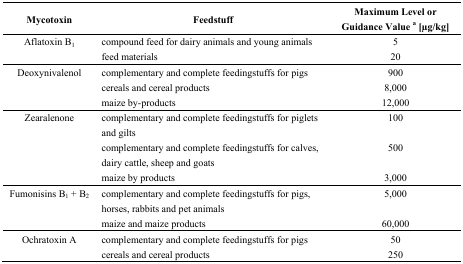
<table><thead><tr><td><b>Mycotoxin</b></td><td><b>Feedstuff</b></td><td><b>Maximum Level or Guidance Value <sup>a</sup> [μg/kg]</b></td></tr></thead><tbody><tr><td rowspan="2">Aflatoxin B<sub>1</sub></td><td rowspan="2">compound feed for dairy animals and young animals feed materials</td><td>5</td></tr><tr><td>20</td></tr><tr><td rowspan="3">Deoxynivalenol</td><td>complementary and complete feedingstuffs for pigs</td><td>900</td></tr><tr><td>cereals and cereal products</td><td>8,000</td></tr><tr><td>maize by-products</td><td>12,000</td></tr><tr><td rowspan="3">Zearalenone</td><td>complementary and complete feedingstuffs for piglets and gilts</td><td>100</td></tr><tr><td>complementary and complete feedingstuffs for calves, dairy cattle, sheep and goats</td><td>500</td></tr><tr><td>maize by products</td><td>3,000</td></tr><tr><td rowspan="2">Fumonisins B<sub>1</sub> + B<sub>2</sub></td><td>complementary and complete feedingstuffs for pigs, horses, rabbits and pet animals</td><td>5,000</td></tr><tr><td>maize and maize products</td><td>60,000</td></tr><tr><td>Ochratoxin A</td><td>complementary and complete feedingstuffs for pigscereals and cereal products</td><td>50250</td></tr></tbody></table>